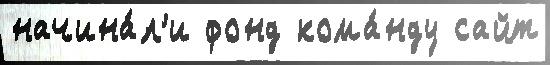
начина́л'и фонд кома́нду сайт